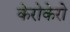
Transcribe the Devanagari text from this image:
केरोकेरो